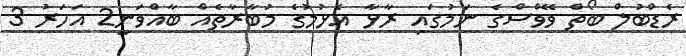
ރެޑްބުލް ބޯތް ވޭވްސްގެ ނަމުގައި ރާޅާ އެޅުމުގެ މުބާރާތެއް ބާއްވަނީ2 އަހަރު 3